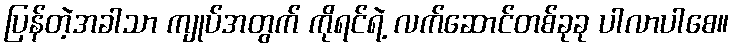
ပြန်တဲ့အခါသာ ကျုပ်အတွက် ကိုရင်ရဲ့ လက်ဆောင်တစ်ခုခု ပါလာပါစေ။